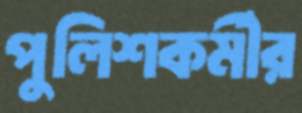
পুলিশকর্মীর